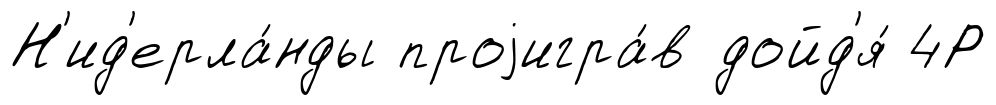
Н'ид'ерла́нды проjигра́в дойд'я́ 4Р